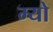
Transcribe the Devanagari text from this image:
म्‍यो